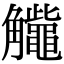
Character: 𧥕